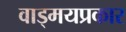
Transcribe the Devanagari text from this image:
वाड्मयप्रकार